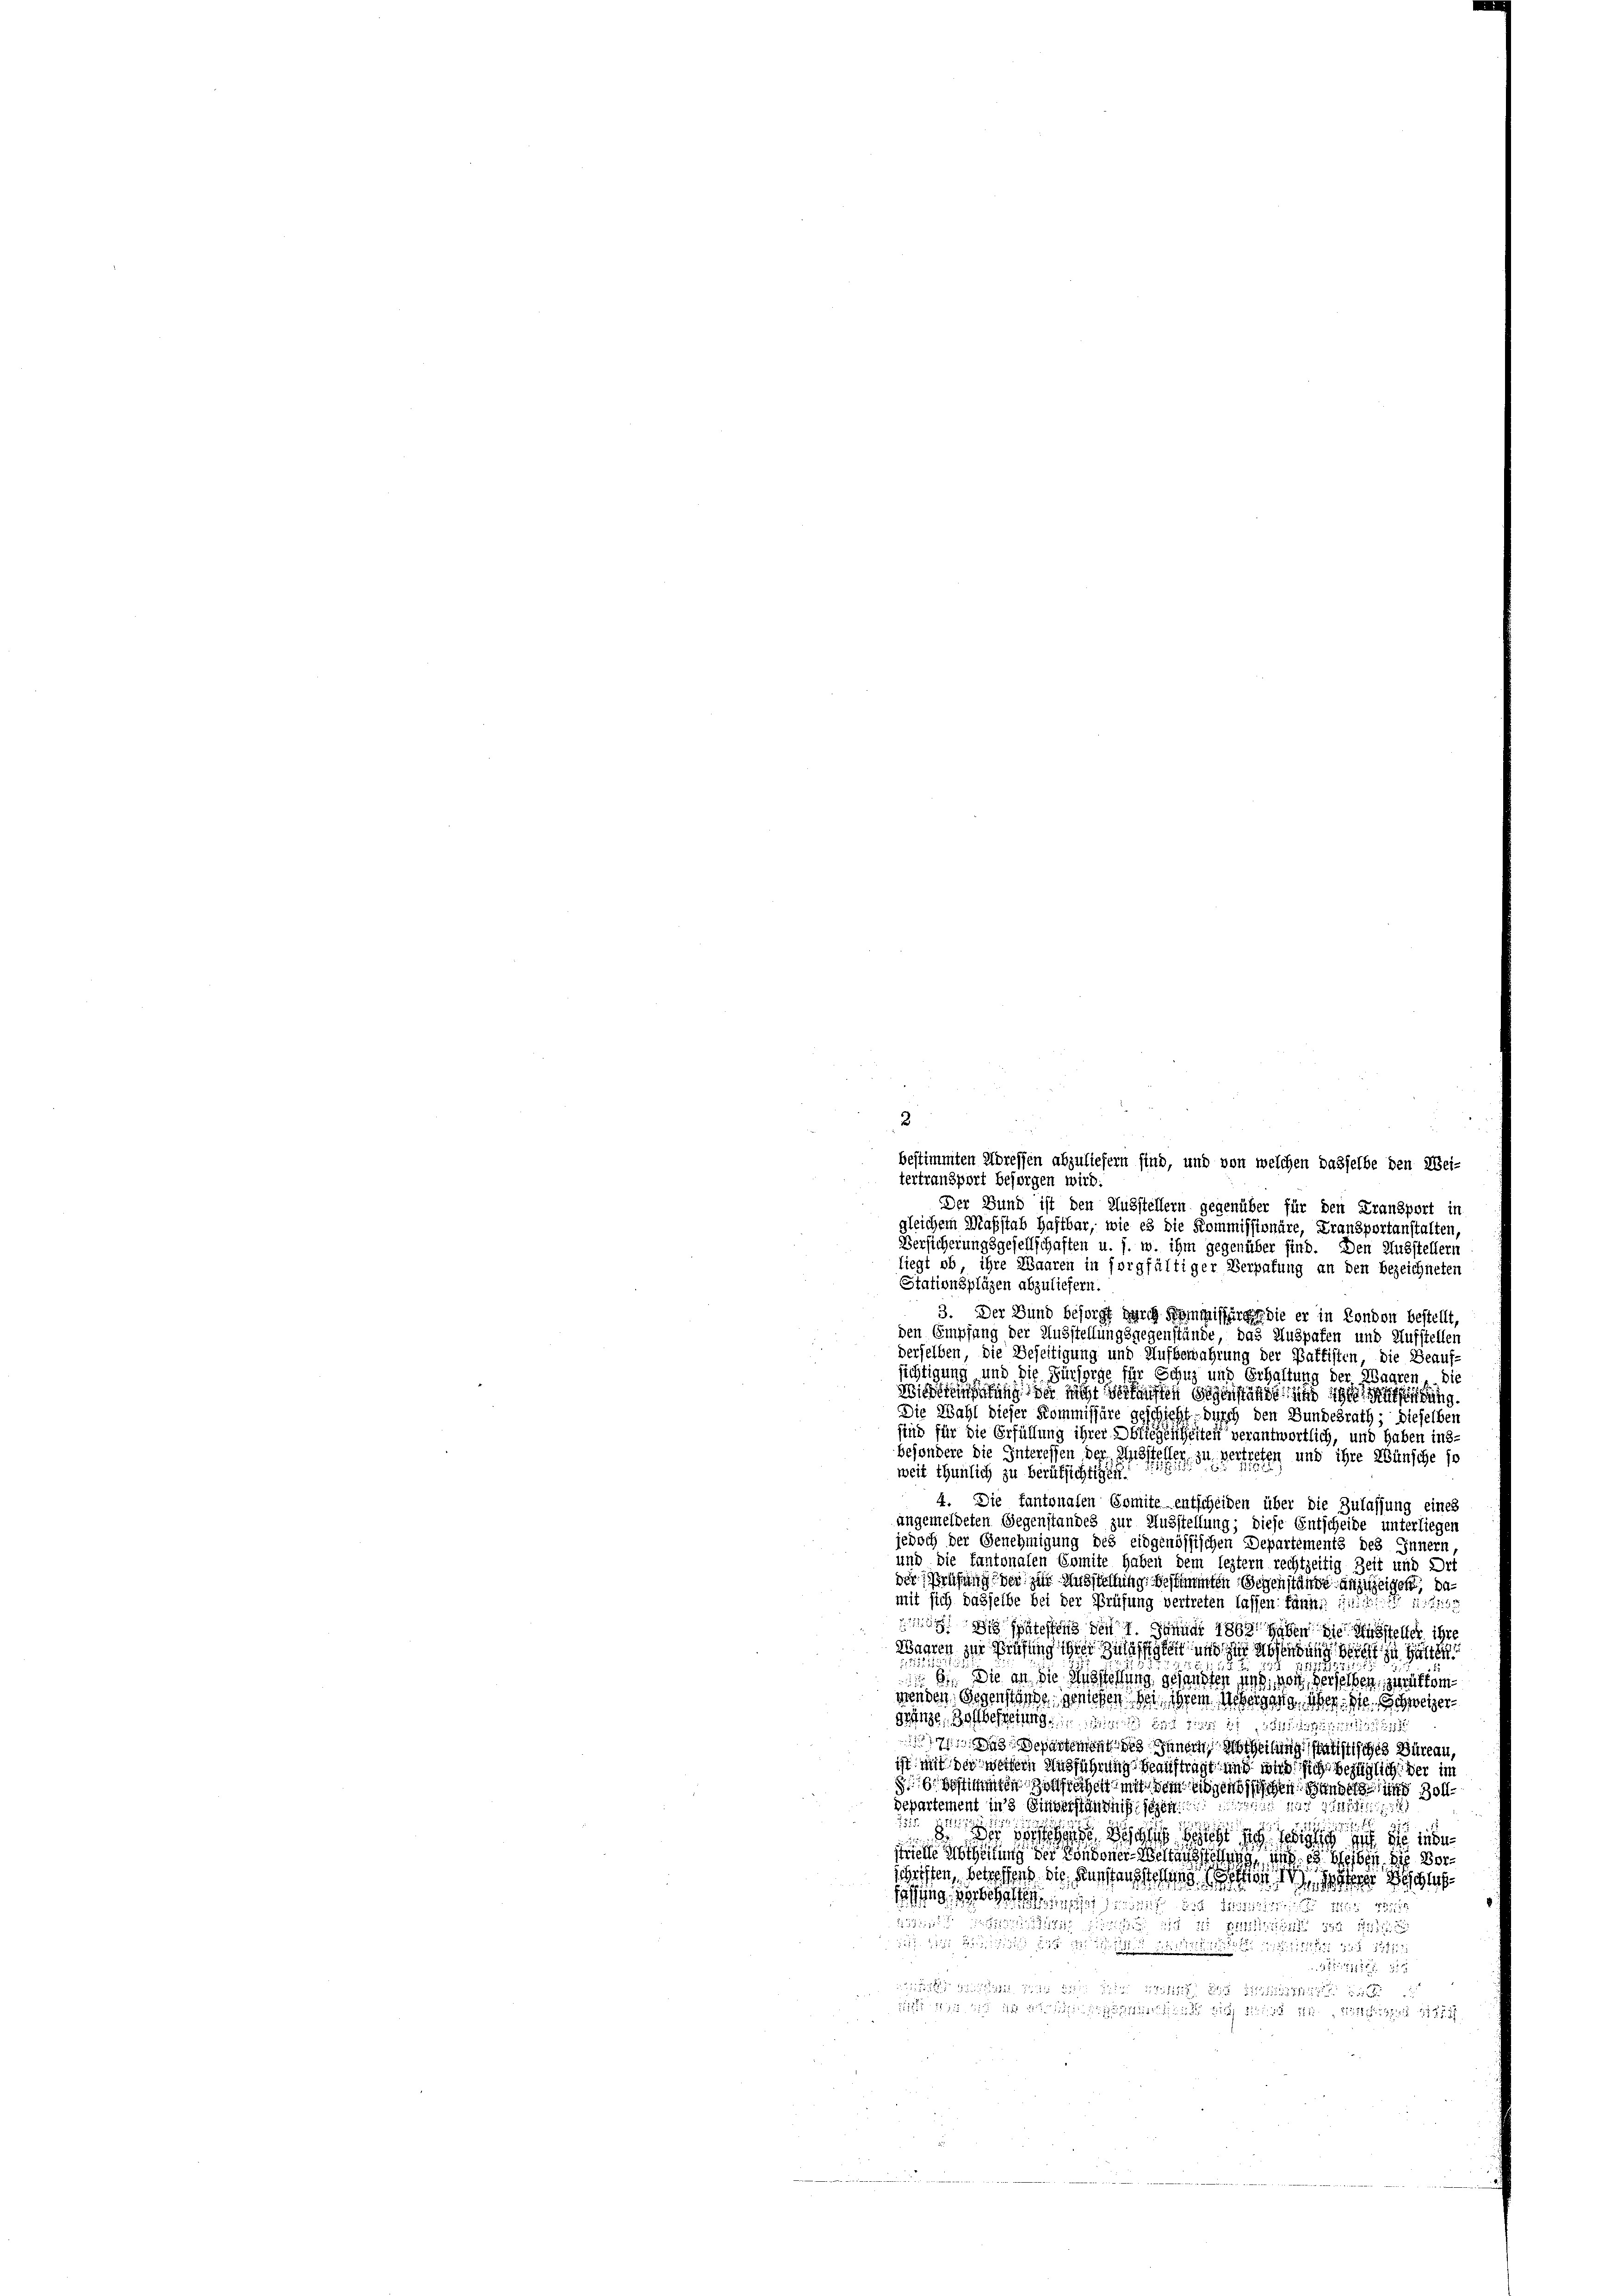
3
bestimmten Adressen abzuliefern sind, und von welchen dasselbe den Wei-
tertransport besorgen wird.
Der Bund ist den Ausstellern gegenüber für den Fransport in
gleichem Maßstab Haftbar, wie es die Kommissionäre, Fransportanstalten,
Versicherungsgesellschaften u. s. w. ihm gegenüber sind. Den Ausstellern
liegt ob ihre Waaren in sorgfältiger Verpatung an den bezeichneten
Stationspläzen abzuliefern.
3. Der Bund besorgt zurch Seminisserger die er in London bestellt,
den Empfang der Ausstellungsgegenstände, das Auspafen und Aufstellen
derselben, die Beseitigung und Aufbewahrung der Battisten, die Beauf-
sichtigung und die Fürsorge für Schuz und Erhaltung der Waaren, die
Wiedermutung der nicht verkauften Schenstände in ich erfügung.
Die Wahl dieser Kommissäre geschicht durch den Bundesrath; dieselben
sind für die Erfüllung ihrer Obliegenheiten verantwortlich, und haben ins-
besondere die Interessen der Ausstellen, zu vertreten und ihre Wünsche so
weit thunlich zu berüksichtigen.
4. Die fantonalen Comite entscheiden über die Zulassung eines
angemeldeten Gegenstandes zur Ausstellung; diese Entscheide unterliegen
jedoch der Genehmigung des eidgenössischen Departements des Innern,
und die kantonalen Somite haben dem leztern rechtzeitig Zeit und Dei
der Prüfung der zur Ausstellung bestimmten Schenstände anzuzeigen, damit sich dasselbe bei der Prüfung vertreten lassen kannt in diese
 Wie spätestens den 1. Januar 1862 haben die Musteller ihre
Waaren zur Prüfung ihrer Zulässigkeit und zur Absendung Bericht zu
5225
61. Die an die Ausstellung gesandten und von dersehen, zurücken
genden Gegenstände geniefen bei ihrem Uebergang, über die Schweizer
gränze. Hohlbefreiung der die es ge
173 Separtement des Innern, Vortheilung statistisches Büreau,
ist mit der weitern Ausführung beauftragt und wird sich bezüglich der im
86. Seiten früher mit dem eidgenössischen Bunder in Zolldepartement in Einverständniß gegent
1 11 438 f. 2
2
1525
8. Sei es sie die inde
srente Abtheilung der Condoner-Weltausstellung, wie es bleiben, die Vorschriften, betreffend die Ausstens stehen Miterer Beschl
Fassung vorbehalten auf den dieses die
gödie an die in der Erstellt den 147
dii zugleicht bis die Mit 12 x
Stette
t durch den 19. 111 189
 2
wicht die die in die an die